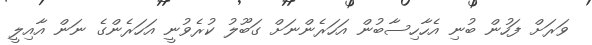
ވަރަށް ފަހުން ބުނި އެހާހިސާބުން އަހަރެންނަށް ގަބޫލު ކުރެވުނީ އަހަރެންގެ ނަން އާއިލީ